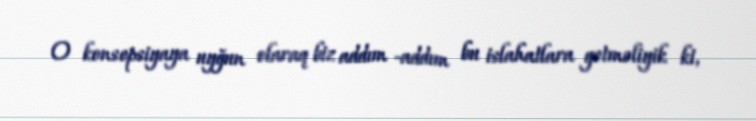
O konsepsiyaya uyğun olaraq biz addım -addım bu islahatlara getməliyik ki,